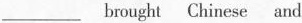
___ brought Chinese and